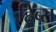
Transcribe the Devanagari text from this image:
हिब्स